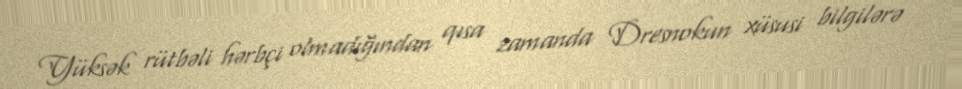
Yüksək rütbəli hərbçi olmadığından qısa zamanda Dresnokun xüsusi bilgilərə